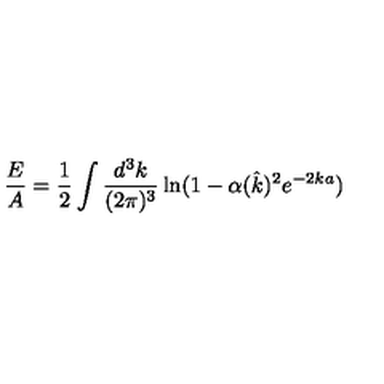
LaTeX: \frac { E } { A } = \frac { 1 } { 2 } \int \frac { d ^ { 3 } k } { ( 2 \pi ) ^ { 3 } } \ln ( 1 - \alpha ( \hat { k } ) ^ { 2 } e ^ { - 2 k a } )